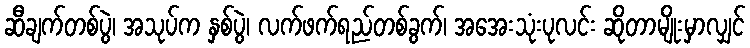
ဆီချက်တစ်ပွဲ၊ အသုပ်က နှစ်ပွဲ၊ လက်ဖက်ရည်တစ်ခွက်၊ အအေးသုံးပုလင်း ဆိုတာမျိုးမှာလျှင်